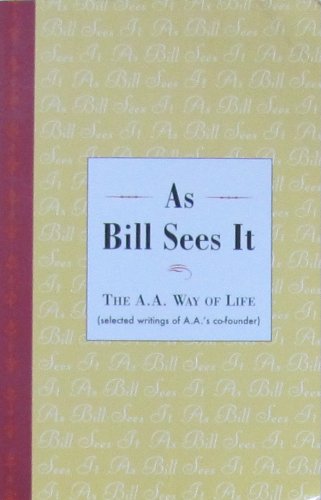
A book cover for As Bill Sees It (The A.A. Way of Life, Selected writings of AA's co-founder (LARGE PRINT)) (The A.A. Way of Life, Selected writings of AA's co-founder (LARGE PRINT)); Bill Willson; Literature & Fiction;